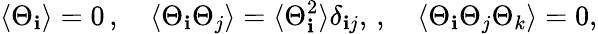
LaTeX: \langle\Theta_{\mathbf{i}}\rangle=0\, ,\quad\langle\Theta_{\mathbf{i}}\Theta_{j}\rangle=\langle\Theta_{\mathbf{i}}^{2}\rangle\delta_{\mathbf{i}j},\, ,\quad\langle\Theta_{\mathbf{i}}\Theta_{j}\Theta_{k}\rangle=0,